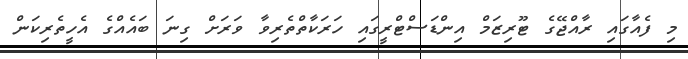
މި ފެއާގައި ރާއްޖޭގެ ޓޫރިޒަމް އިންޑަސްޓްރީގައި ހަރަކާތްތެރިވާ ވަރަށް ގިނަ ބައެއްގެ އެހީތެރިކަން